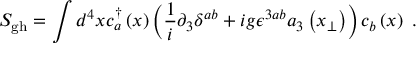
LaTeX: S _ { \mathrm { g h } } = \int d ^ { 4 } x c _ { a } ^ { \dagger } \left( x \right) \left( \frac { 1 } { i } \partial _ { 3 } \delta ^ { a b } + i g \epsilon ^ { 3 a b } a _ { 3 } \left( x _ { \perp } \right) \right) c _ { b } \left( x \right) \ .